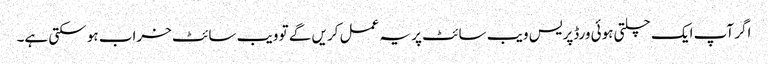
اگر آپ ایک چلتی ہوئی ورڈپریس ویب سائٹ پر یہ عمل کریں گے تو ویب سائٹ خراب ہو سکتی ہے۔